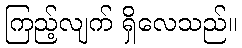
ကြည့်လျက် ရှိလေသည်။